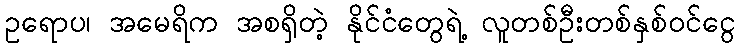
ဥရောပ၊ အမေရိက အစရှိတဲ့ နိုင်ငံတွေရဲ့ လူတစ်ဦးတစ်နှစ်ဝင်ငွေ